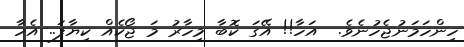
ހިންހަމަނުޖެހުނެވެ.  އަހާ!! އޭގަ ކޮބާ މިހާރު މަ ޖޯކެއް ކިޔާފަ.. އެހާ